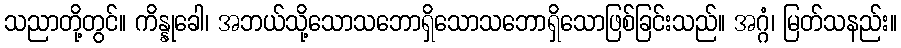
သညာတို့တွင်။ ကိန္နုခေါ၊ အဘယ်သို့သောသဘောရှိသောသဘောရှိသောဖြစ်ခြင်းသည်။ အဂ္ဂံ၊ မြတ်သနည်း။